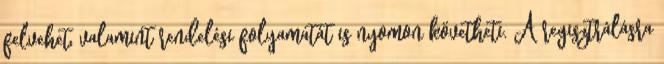
felvehet, valamint rendelési folyamatát is nyomon követheti. A regisztrálásra